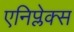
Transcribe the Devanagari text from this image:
एनिप्लेक्स